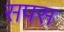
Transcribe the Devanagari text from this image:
सपस